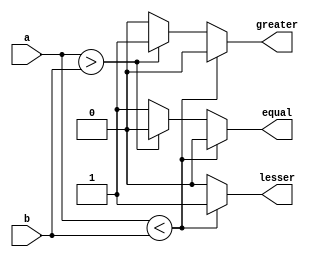
`timescale 1ns/1ps

module n_bit_comparator(a,b,lesser,greater,equal);
parameter N=8;
input [N-1:0]a,b;
output lesser,greater,equal;
reg lesser=0,greater=0,equal=0;
always@(*)
begin
      if(a<b)
		begin
		    lesser=1'b1;
		    greater=1'b0;
		    equal=1'b0;
		end
		else if(a>b)
		begin
		   lesser=1'b0;
		   greater=1'b1;
		   equal=1'b0;
		end
		else
		begin
		   lesser=1'b0;
		   greater=1'b0;
		   equal=1'b1;
		end
end
endmodule